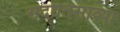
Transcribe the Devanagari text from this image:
सदोतिसाव्या